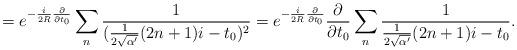
LaTeX: \begin{align*}=e^{-\frac{i}{2R}\frac{\partial}{\partial t_{0}}}\sum _{n} \frac{1}{(\frac{1}{2\sqrt{\alpha '}}(2n+1)i -t_{0})^{2}}=e^{-\frac{i}{2R}\frac{\partial}{\partial t_{0}}}\frac{\partial}{\partial t_{0}} \sum _{n} \frac{1}{\frac{1}{2 \sqrt{\alpha '}}(2n+1)i -t_{0}} .\end{align*}